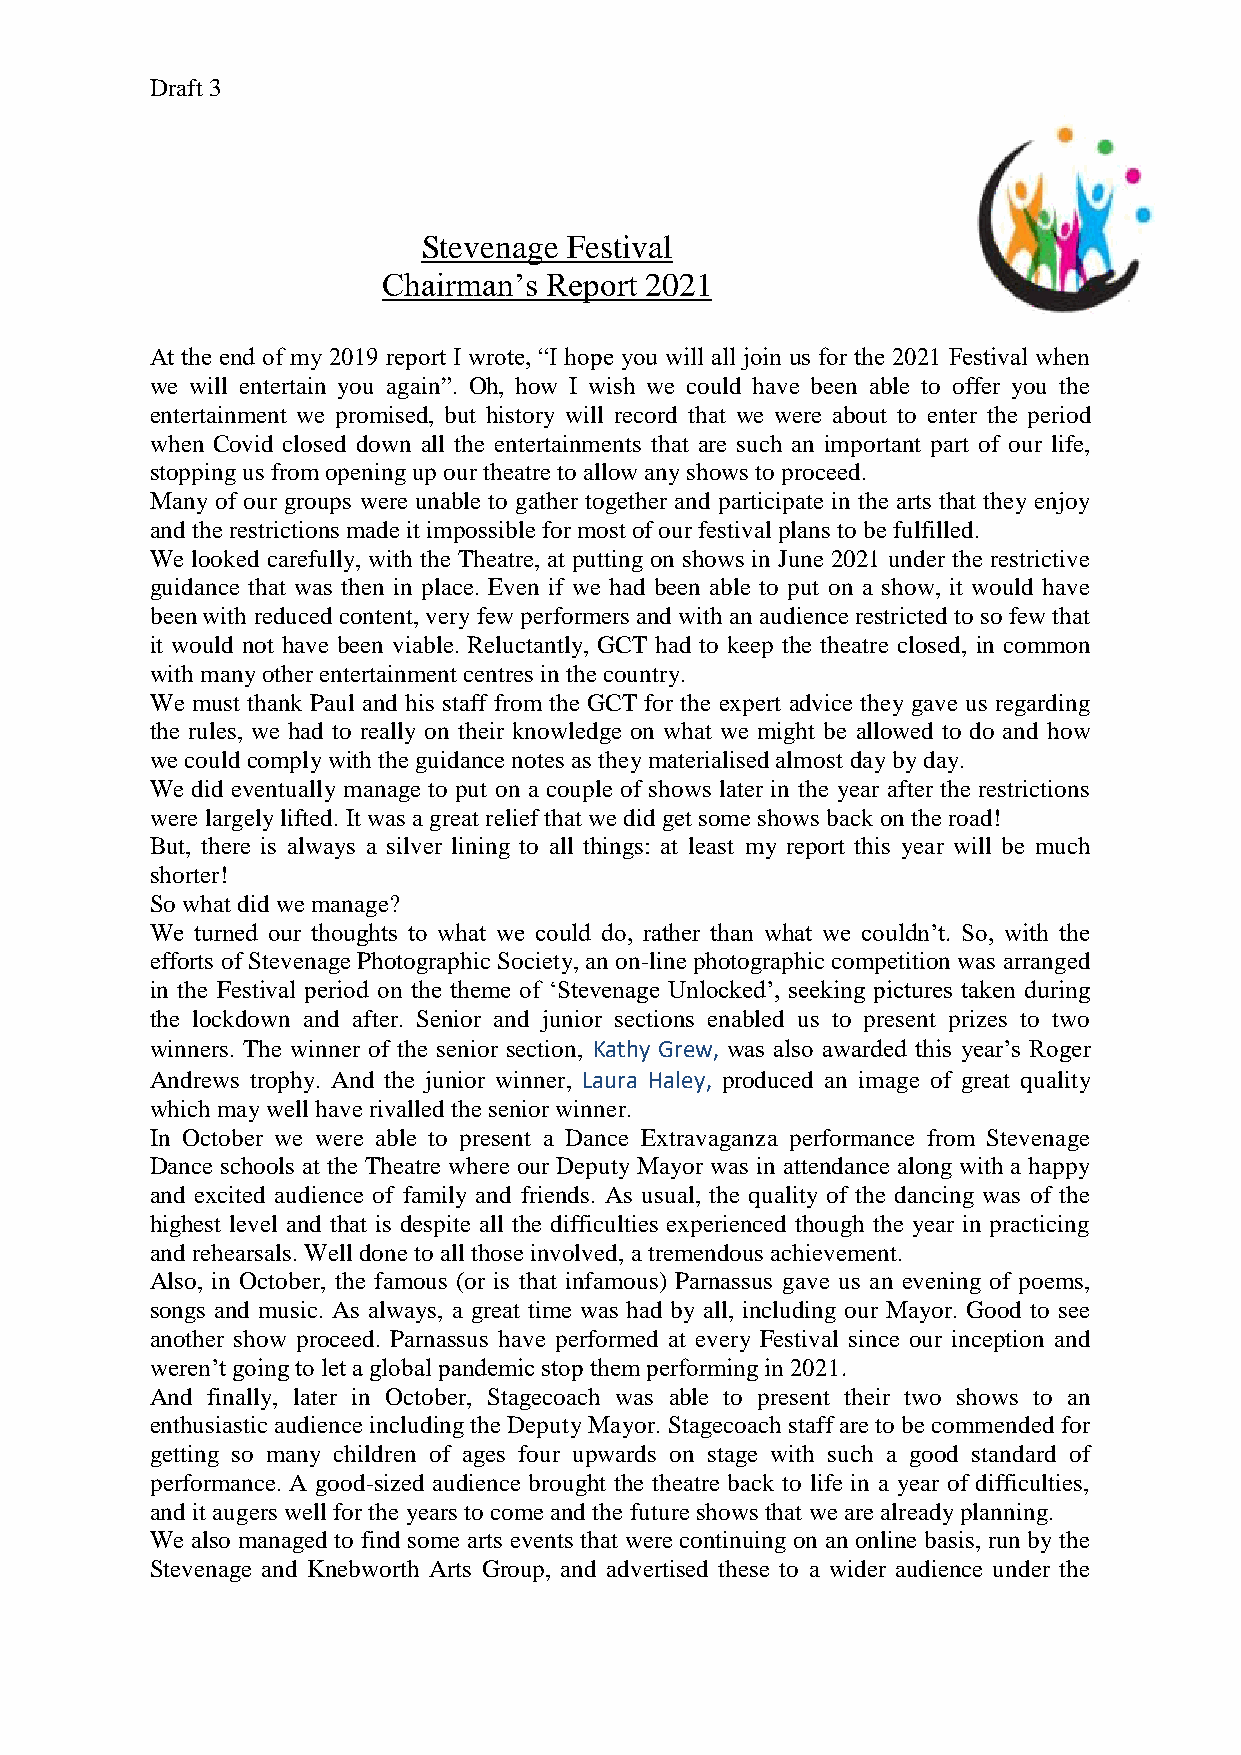
Draft 3
 Stevenage Festival
 Chairman’s Report 2021
 At the end of my 2019 report I wrote, “I hope you will all join us for the 2021 Festival when
 we will entertain you again”. Oh, how I wish we could have been able to offer you the
 entertainment we promised, but history will record that we were about to enter the period
 when Covid closed down all the entertainments that are such an important part of our life,
 stopping us from opening up our theatre to allow any shows to proceed.
 Many of our groups were unable to gather together and participate in the arts that they enjoy
 and the restrictions made it impossible for most of our festival plans to be fulfilled.
 We looked carefully, with the Theatre, at putting on shows in June 2021 under the restrictive
 guidance that was then in place. Even if we had been able to put on a show, it would have
 been with reduced content, very few performers and with an audience restricted to so few that
 it would not have been viable. Reluctantly, GCT had to keep the theatre closed, in common
 with many other entertainment centres in the country.
 We must thank Paul and his staff from the GCT for the expert advice they gave us regarding
 the rules, we had to really on their knowledge on what we might be allowed to do and how
 we could comply with the guidance notes as they materialised almost day by day.
 We did eventually manage to put on a couple of shows later in the year after the restrictions
 were largely lifted. It was a great relief that we did get some shows back on the road!
 But, there is always a silver lining to all things: at least my report this year will be much
 shorter!
 So what did we manage?
 We turned our thoughts to what we could do, rather than what we couldn’t. So, with the
 efforts of Stevenage Photographic Society, an on-line photographic competition was arranged
 in the Festival period on the theme of ‘Stevenage Unlocked’, seeking pictures taken during
 the lockdown and after. Senior and junior sections enabled us to present prizes to two
 winners. The winner of the senior section, Kathy Grew, was also awarded this year’s Roger
 Andrews trophy. And the junior winner, Laura Haley, produced an image of great quality
 which may well have rivalled the senior winner.
 In October we were able to present a Dance Extravaganza performance from Stevenage
 Dance schools at the Theatre where our Deputy Mayor was in attendance along with a happy
 and excited audience of family and friends. As usual, the quality of the dancing was of the
 highest level and that is despite all the difficulties experienced though the year in practicing
 and rehearsals. Well done to all those involved, a tremendous achievement.
 Also, in October, the famous (or is that infamous) Parnassus gave us an evening of poems,
 songs and music. As always, a great time was had by all, including our Mayor. Good to see
 another show proceed. Parnassus have performed at every Festival since our inception and
 weren’t going to let a global pandemic stop them performing in 2021.
 And finally, later in October, Stagecoach was able to present their two shows to an
 enthusiastic audience including the Deputy Mayor. Stagecoach staff are to be commended for
 getting so many children of ages four upwards on stage with such a good standard of
 performance. A good-sized audience brought the theatre back to life in a year of difficulties,
 and it augers well for the years to come and the future shows that we are already planning.
 We also managed to find some arts events that were continuing on an online basis, run by the
 Stevenage and Knebworth Arts Group, and advertised these to a wider audience under the